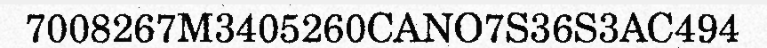
7008267M3405260CANO7S36S3AC494